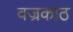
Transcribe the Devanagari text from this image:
वज्रकाठ